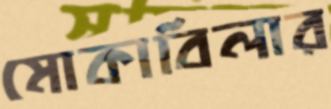
মোকাবিলার